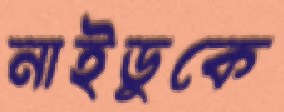
নাইডুকে